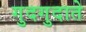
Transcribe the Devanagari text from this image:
गुदगुदाते